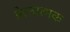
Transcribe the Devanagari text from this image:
प्रेरनात्मक